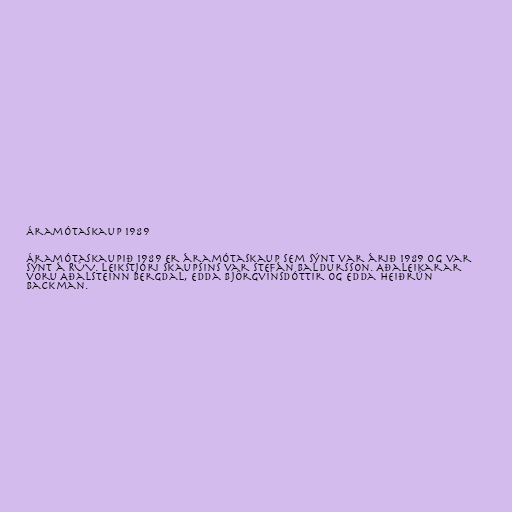
Áramótaskaup 1989

Áramótaskaupið 1989 er áramótaskaup sem sýnt var árið 1989 og var
sýnt á RÚV. Leikstjóri skaupsins var Stefán Baldursson. Aðaleikarar
voru Aðalsteinn Bergdal, Edda Björgvinsdóttir og Edda Heiðrún
Backman.